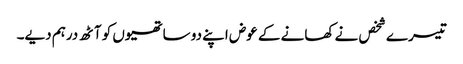
تیسرے شخص نے کھانے کے عوض اپنے دو ساتھیوں کو آٹھ درہم دیے۔